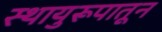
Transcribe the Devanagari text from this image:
स्थायुरूपातून